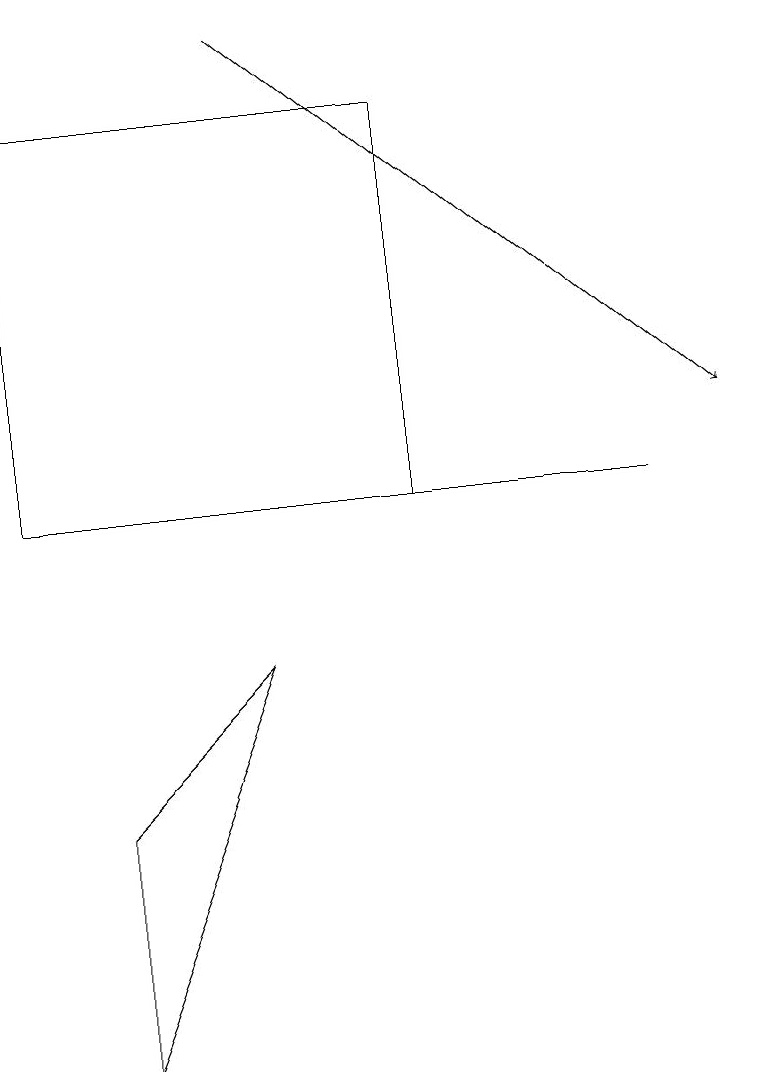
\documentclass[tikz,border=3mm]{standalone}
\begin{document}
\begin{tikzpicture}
\draw (1,7) -- (1,4) -- (3,9) -- cycle;
\draw (0,16) rectangle (5,11);
\draw[->] (3,17) -- (9,12);
\draw (3,11) rectangle (8,11);
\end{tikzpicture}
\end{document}